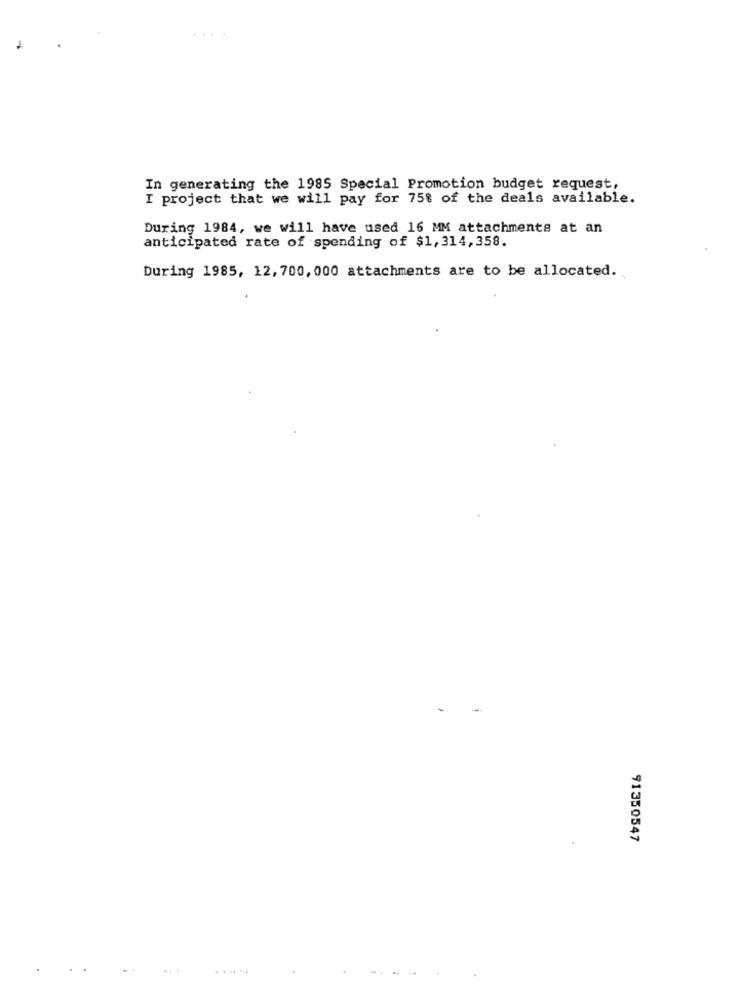
In generating the 1985 Special Promotion budget request,
I project that we will pay for 75% of the deals available.
During 1984, we will have used 16 MM attachments at an
anticipated rate of spending of $1, 314,358.
During 1985, 12, 700, 000 attachments are to be allocated.
91350547
.......
-.--